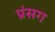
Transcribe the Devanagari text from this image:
प्रंसग